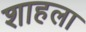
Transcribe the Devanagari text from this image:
शाहला